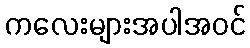
ကလေးများအပါအဝင်